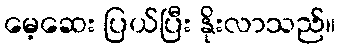
မေ့ဆေး ပြယ်ပြီး နိုးလာသည်။